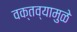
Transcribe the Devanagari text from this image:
वक्तव्यामुळे